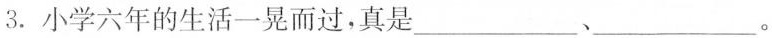
3.小学六年的生活一晃而过，真是___、___。